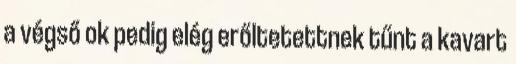
a végső ok pedig elég erőltetettnek tűnt a kavart